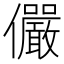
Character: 儼